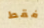
فقط